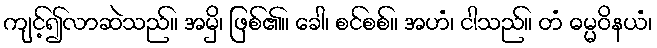
ကျင့်၍လာဆဲသည်။ အမှိ၊ ဖြစ်၏။ ခေါ၊ စင်စစ်။ အဟံ၊ ငါသည်။ တံ ဓမ္မဝိနယံ၊